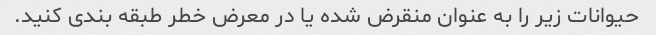
حیوانات زیر را به عنوان منقرض شده یا در معرض خطر طبقه بندی کنید.